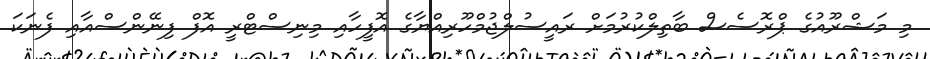
މި މަޝްރޫއުގެ ޕްރޮސެސް ބާތިލްކުރުމަށް ރައީސުލްޖުމްހޫރިއްޔާގެ އޮފީހާއި މިނިސްޓްރީ އޮފް ފިނޭންސްއާއި ފެނަކަ